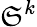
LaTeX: \mathfrak{S}^{k}